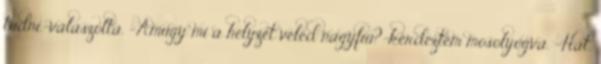
tudni.-válaszolta. -Amúgy mi a helyzet veled nagyfiú?-kérdeztem mosolyogva. -Hát,